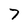
Character: 7